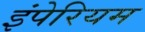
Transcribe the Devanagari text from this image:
इंपेरियम